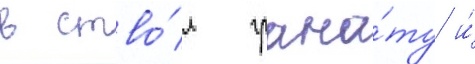
в ство́л грана́ту и́